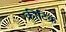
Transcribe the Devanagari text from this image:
क्रीटिक